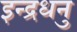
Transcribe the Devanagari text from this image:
इन्द्रधनु